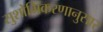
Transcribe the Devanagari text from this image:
सुशोभिकरणानुसार